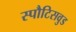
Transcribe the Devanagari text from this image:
स्पौटिसवुड